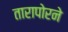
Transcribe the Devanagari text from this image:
तारापोरने